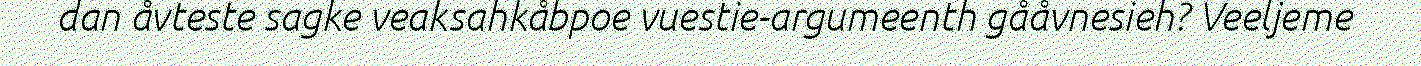
dan åvteste sagke veaksahkåbpoe vuestie-argumeenth gååvnesieh? Veeljeme